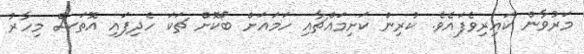
މަރުވާން ކައިރިވެފައެވެ. ކުރިން ކަށިމައްޗާއި ހަމައަށް ބޯކޮށް ޗަކަ ހެދިފައި އޮތަސް މިހާރު